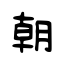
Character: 朝